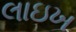
લાઇખ